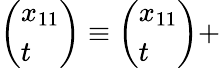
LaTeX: \left(\begin{array}{l}{{x_{11}}}\\ {{t}}\end{array}\right)\equiv\left(\begin{array}{l}{{x_{11}}}\\ {{t}}\end{array}\right)+